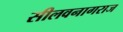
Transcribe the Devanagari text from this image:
सीलवनागराज